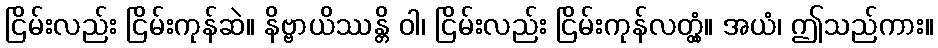
ငြိမ်းလည်း ငြိမ်းကုန်ဆဲ။ နိဗ္ဗာယိဿန္တိ ဝါ၊ ငြိမ်းလည်း ငြိမ်းကုန်လတ္တံ့။ အယံ၊ ဤသည်ကား။